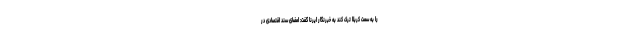
را به سمت کربلا ترک کند به خبرنگار ایرنا گفت: امضای سند اقتصادی در